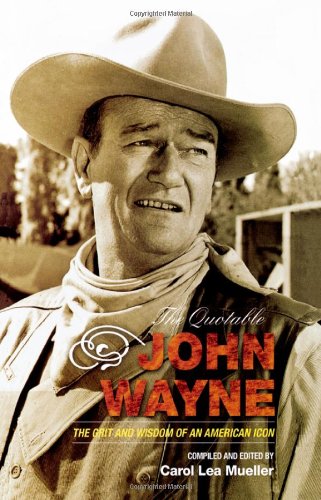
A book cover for The Quotable John Wayne: The Grit and Wisdom of an American Icon; Humor & Entertainment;